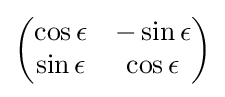
{\textstyle {\begin{pmatrix}\cos {\epsilon }&-\sin {\epsilon }\\\sin {\epsilon }&\cos {\epsilon }\end{pmatrix}}}